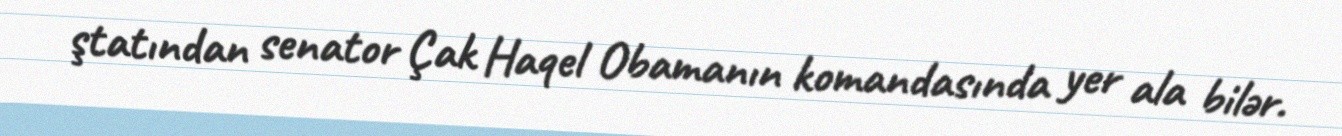
ştatından senator Çak Haqel Obamanın komandasında yer ala bilər.